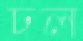
ঢল